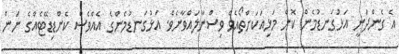
އެ ގެންދަނީ އަޅުގަނޑުމެން ކޮން މަޅިއަކަށްތޯއެވެ ވިސްނާލައްވާށެވެ. އަޅުގަނޑުމެންގެ އެއްވެސް ކެންޑިޑޭޓެއްގެ ނަން